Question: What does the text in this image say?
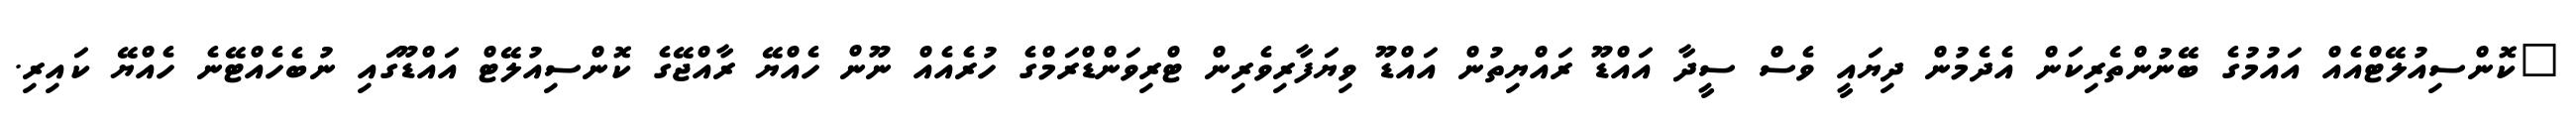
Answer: "ކޮންސިއުލޭޓްއެއް އައުމުގެ ބޭނުންތެރިކަން އެދެމުން ދިޔައީ ވެސް ސީދާ އައްޑޫ ރައްޔިތުން އައްޑޫ ވިޔަފާރިވެރިން ޓްރިވަންޑްރަމްގެ ހުރެއެއް ނޫން ހެއްޔޭ ރާއްޖޭގެ ކޮންސިއުލޭޓް އައްޑޫގައި ނުބެހެއްޓޭނެ ހެއްޔޭ ކައިރި.